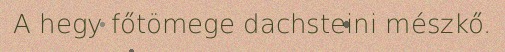
A hegy főtömege dachsteini mészkő.